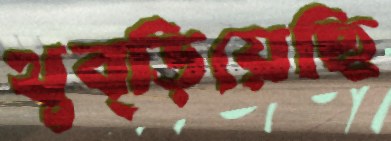
থুব্‌ড়িয়েছি